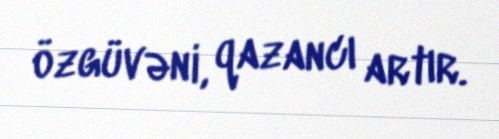
özgüvəni, qazancı artır.